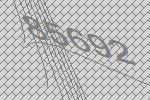
85692